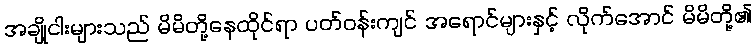
အချို့ငါးများသည် မိမိတို့နေထိုင်ရာ ပတ်ဝန်းကျင် အရောင်များနှင့် လိုက်အောင် မိမိတို့၏